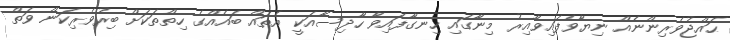
ޙައްޖުވެރިންނެއް ނިޔާވެފައިވާއިރު މިނާގައި ހިނގާފައިވާ ހާދިސާއަކީ އެތައް ބައެއްގެ ހިތްތަކަށް ބިރުވެރިކަން ވަތް